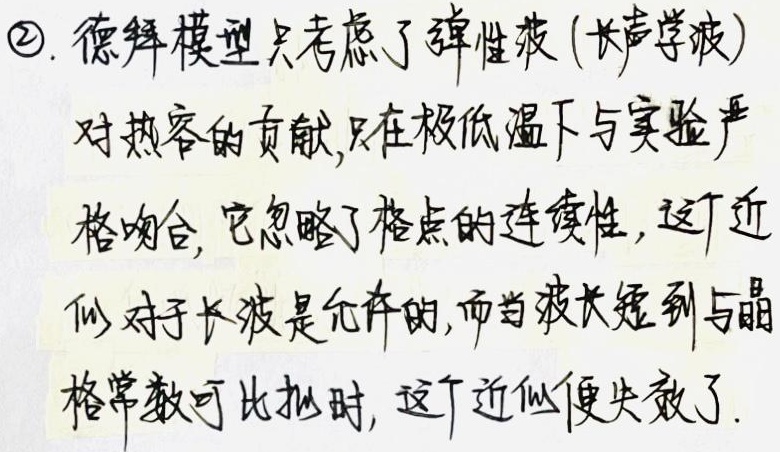
\textcircled{2}. 德拜模型只考虑了弹性波（长声学波）对热容的贡献，只在极低温下与实验严格吻合。它忽略了格点的连续性，这个近似对于长波是允许的，而当波长短到与晶格常数可比拟时，这个近似便失效了。